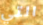
التي